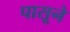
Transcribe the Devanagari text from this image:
पासूने